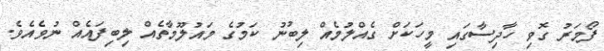
ފޯމަރު ގޮވި ހާދިސާގައި މީހަކަށް ގެއްލުމެއް ލިބުނު ކަމުގެ މައުލޫމާތެއް ލިބިފައެއް ނުވެއެވެ.